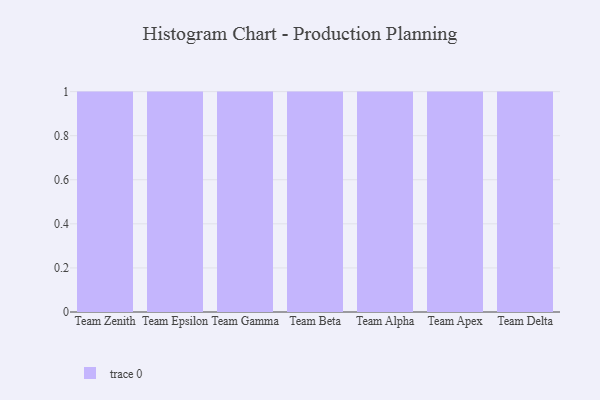
{"axis": {"x": "Team", "y": "Tickets Resolved"}, "legend": [""], "data": [{"x": "Team Zenith", "y": 77, "type": ""}, {"x": "Team Epsilon", "y": 71, "type": ""}, {"x": "Team Gamma", "y": 11, "type": ""}, {"x": "Team Beta", "y": 76, "type": ""}, {"x": "Team Alpha", "y": 13, "type": ""}, {"x": "Team Apex", "y": 50, "type": ""}, {"x": "Team Delta", "y": 57, "type": ""}]}